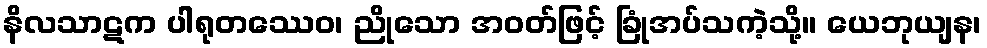
နိလသာဋက ပါရုတဿေဝ၊ ညိုသော အဝတ်ဖြင့် ခြုံအပ်သကဲ့သို့။ ယေဘုယျန၊